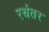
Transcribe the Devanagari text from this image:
रथंतर